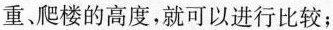
重、爬楼的高度，就可以进行比较；